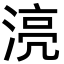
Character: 湸